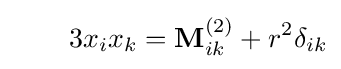
\qquad 3x_{i}x_{k}=\mathbf {M} _{ik}^{(2)}+r^{2}\delta _{ik}